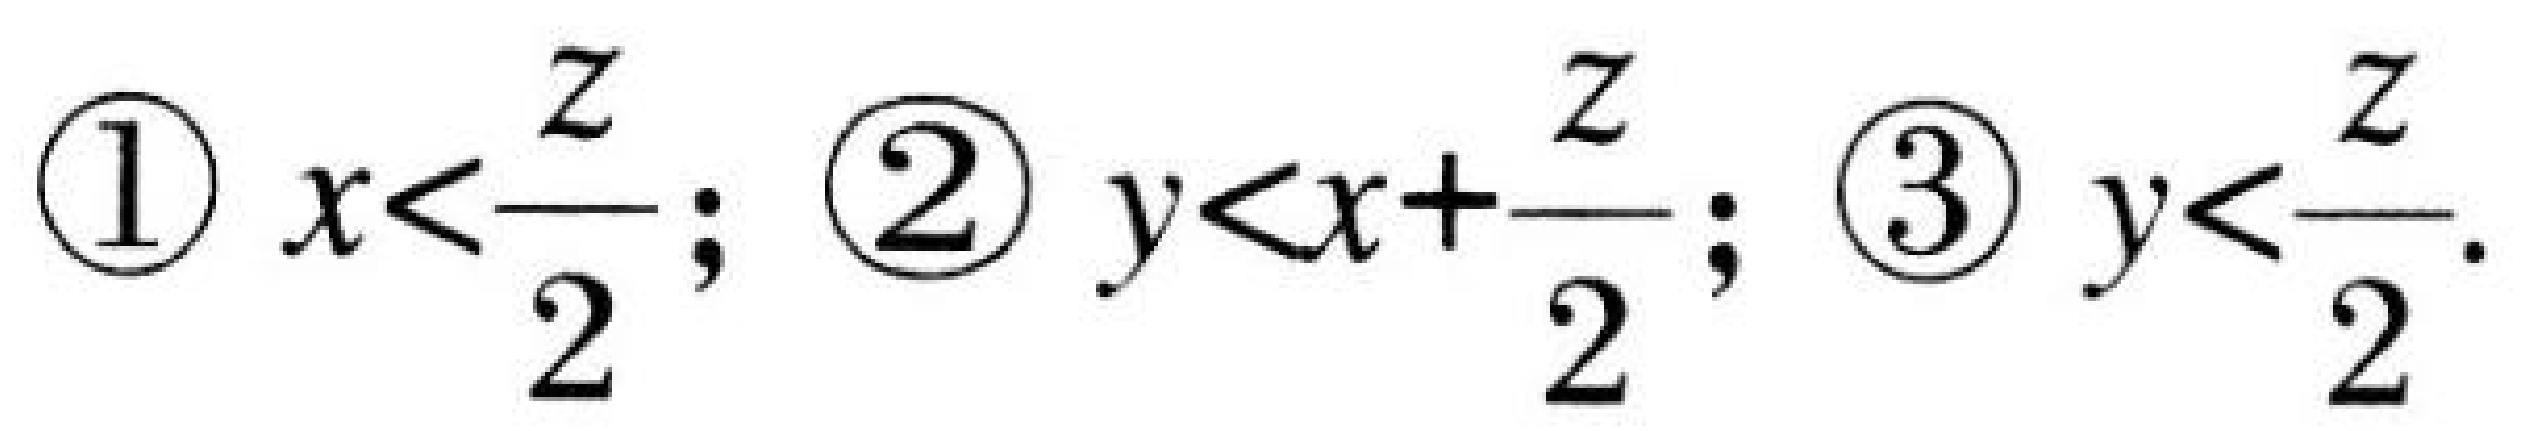
\textcircled{1} $x<\dfrac{z}{2};$ \textcircled{2} $y<x + \dfrac{z}{2};$ \textcircled{3} $y<\dfrac{z}{2}.$